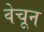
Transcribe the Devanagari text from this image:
वेचून